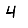
Digit: 4